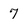
Character: 7